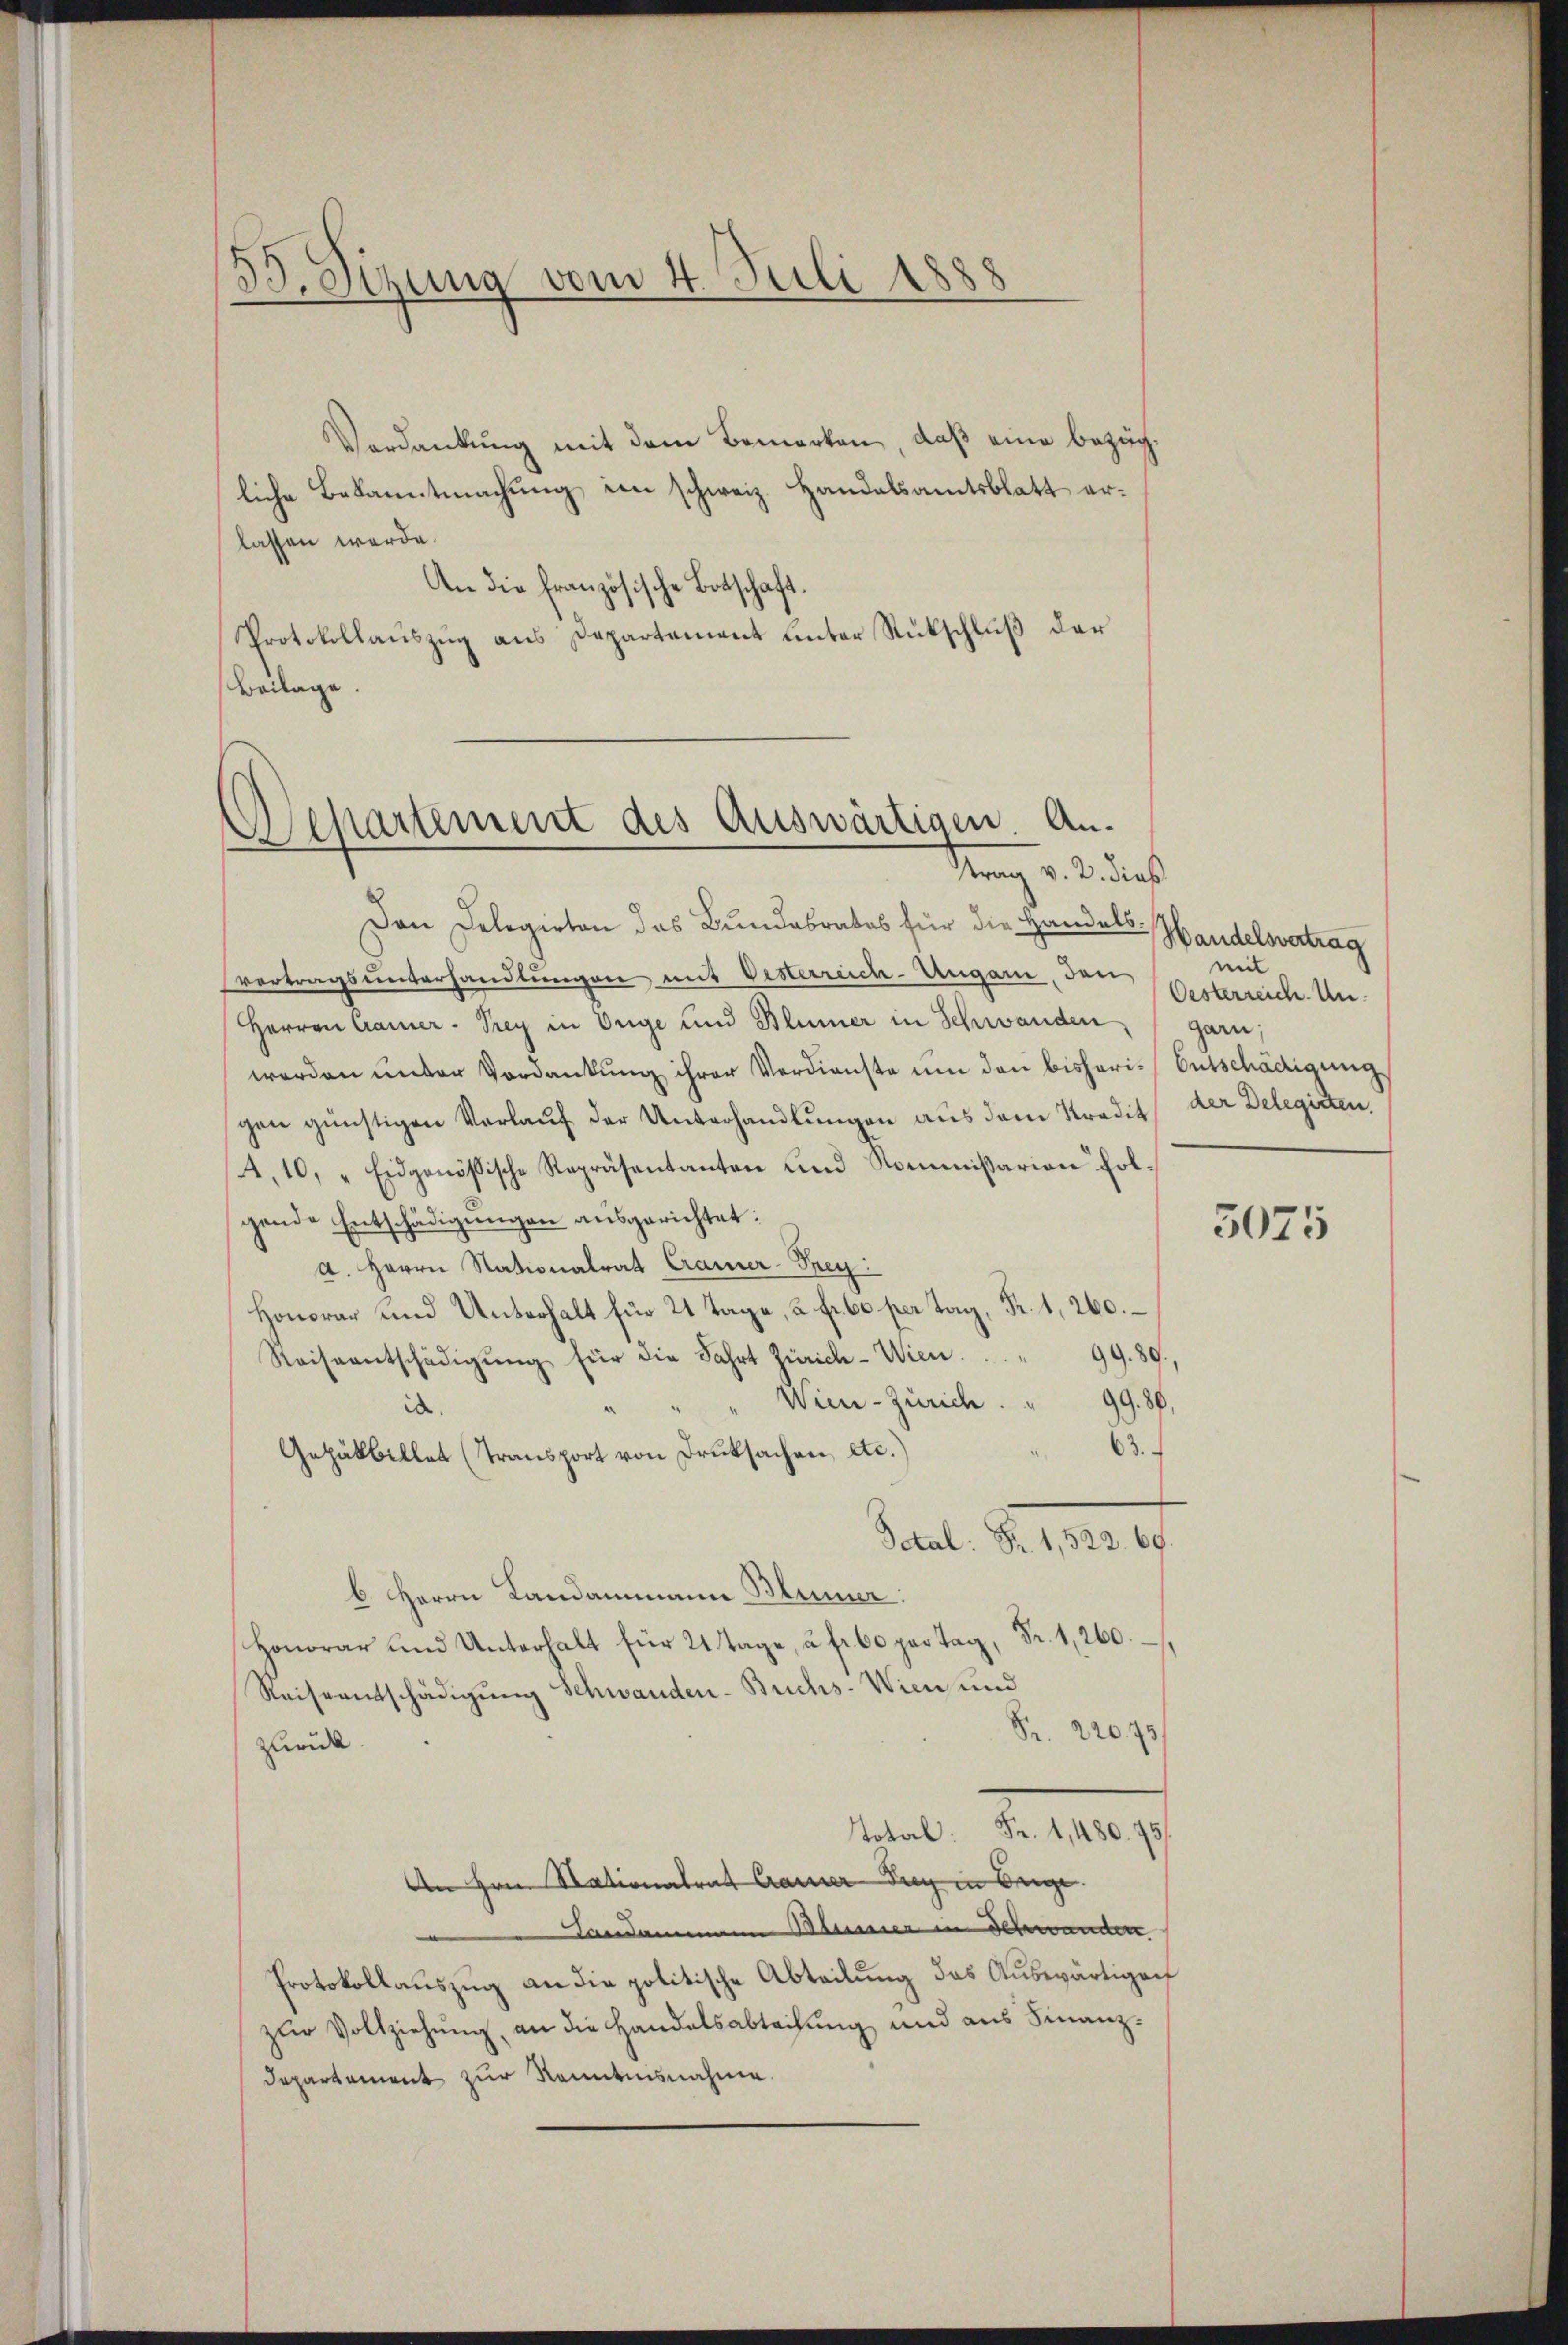
33. Sizung vom 4. Juli 1888

Verdankung mit dem Bemerken, daß eine bezügliche Bekanntmachung im schweiz. Handelsamtsblatt erlassen werde.
An die französische Botschaft.
Protokollauszug aus Departement unter Rückschluß der
Beilage.

Dan Delegirten das Bundabrates für die Handelsvertragsunterhandlungen mit Vesterreich-Ungari, den
Herren Camer-Prey in Enge und Blümer in Schwanden, garn:
werden unter Verdankung ihrer Verdienste um den bisheri-Entschädigung
gen günstigen Verlauf der Unterhandlungen aus dem Kredit
4.10. Eidgenössische Repräsentanten und Kommissarian Folgende Entschädigungen ausgerichtet:
a. Herrn Nationalrat Cramer-Prey:
Honorar u.
Reiseentschädigŭng für die Fahrt Zürich - Wien.  .. 99. 89,
" " Wien - Zürich . " 99. 86,
id.
63.
Getälbillet (Transport von Druksachen, etc.)
Setal: Fr. 1,522. 69.
b. Herrn Landammann Blümer:
Honorar und Unterhalt für 21 Tage, à fr 60 par Tag, Fr. 1,260.
Reiseentschädigung Schwanden-Buchs- Wien und
Fr. 220. 73
zurück.
Total Fr. 1,480. 45
An Hrn. Stationalrat Cramer Zug in beige
Landammann Blumer in Schwanden
Protokollauszug an die politische Abteilung das Auswärtigenf
zur Vollziehung, an die Handelsabtaihung und aus Finanz¬
Departement zur Kenntnisnahme.

Departement des Auswärtigen. An¬
Strang v. 2. dies

Handelsvertrag
mit
Oesterreich. Un
der Delegirten.

5075